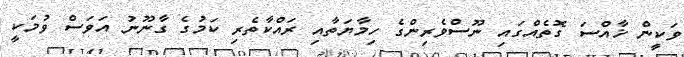
ވަކީން ޚާއްސަ ގޮތެއްގައި ނޫސްވެރިންގެ ހިމާޔަތާއި ރައްކާތެރި ކަމުގެ ގާނޫނު އަވަސް ވުމަކީ